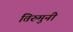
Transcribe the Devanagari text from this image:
तिरुमुनी